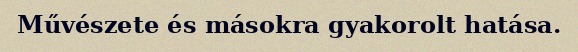
Művészete és másokra gyakorolt hatása.